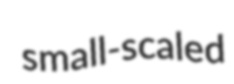
small-scaled